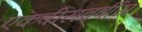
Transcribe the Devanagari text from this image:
एकवीसवर्षीय